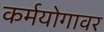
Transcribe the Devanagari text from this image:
कर्मयोगावर